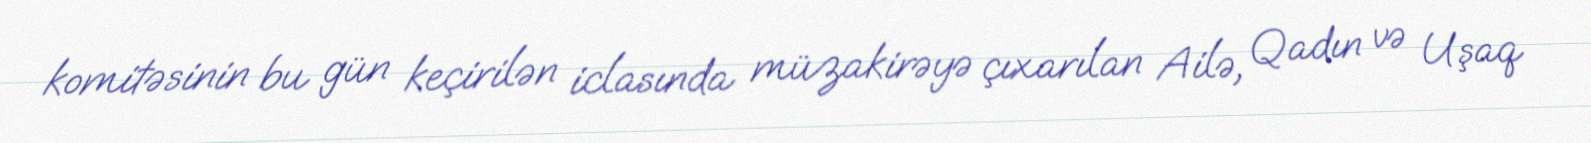
komitəsinin bu gün keçirilən iclasında müzakirəyə çıxarılan Ailə, Qadın və Uşaq